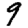
Digit: 9